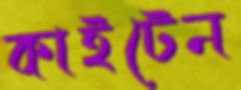
কাইটেন